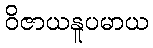
ဝိဇာယနူပမာယ